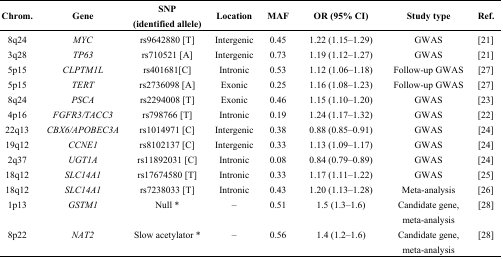
<table><thead><tr><td><b>Chrom.</b></td><td><b>Gene</b></td><td><b>SNP (identified allele)</b></td><td><b>Location</b></td><td><b>MAF</b></td><td><b>OR (95% CI)</b></td><td><b>Study type</b></td><td><b>Ref.</b></td></tr></thead><tbody><tr><td>8q24</td><td><i>MYC</i></td><td>rs9642880 [T]</td><td>Intergenic</td><td>0.45</td><td>1.22 (1.15–1.29)</td><td>GWAS</td><td>[21]</td></tr><tr><td>3q28</td><td><i>TP63</i></td><td>rs710521 [A]</td><td>Intergenic</td><td>0.73</td><td>1.19 (1.12–1.27)</td><td>GWAS</td><td>[21]</td></tr><tr><td>5p15</td><td><i>CLPTM1L</i></td><td>rs401681[C]</td><td>Intronic</td><td>0.53</td><td>1.12 (1.06–1.18)</td><td>Follow-up GWAS</td><td>[27]</td></tr><tr><td>5p15</td><td><i>TERT</i></td><td>rs2736098 [A]</td><td>Exonic</td><td>0.25</td><td>1.16 (1.08–1.23)</td><td>Follow-up GWAS</td><td>[27]</td></tr><tr><td>8q24</td><td><i>PSCA</i></td><td>rs2294008 [T]</td><td>Exonic</td><td>0.46</td><td>1.15 (1.10–1.20)</td><td>GWAS</td><td>[23]</td></tr><tr><td>4p16</td><td><i>FGFR3/TACC3</i></td><td>rs798766 [T]</td><td>Intronic</td><td>0.19</td><td>1.24 (1.17–1.32)</td><td>GWAS</td><td>[22]</td></tr><tr><td>22q13</td><td><i>CBX6/APOBEC3A</i></td><td>rs1014971 [C]</td><td>Intergenic</td><td>0.38</td><td>0.88 (0.85–0.91)</td><td>GWAS</td><td>[24]</td></tr><tr><td>19q12</td><td><i>CCNE1</i></td><td>rs8102137 [C]</td><td>Intergenic</td><td>0.33</td><td>1.13 (1.09–1.17)</td><td>GWAS</td><td>[24]</td></tr><tr><td>2q37</td><td><i>UGT1A</i></td><td>rs11892031 [C]</td><td>Intronic</td><td>0.08</td><td>0.84 (0.79–0.89)</td><td>GWAS</td><td>[24]</td></tr><tr><td>18q12</td><td><i>SLC14A1</i></td><td>rs17674580 [T]</td><td>Intronic</td><td>0.33</td><td>1.17 (1.11–1.22)</td><td>GWAS</td><td>[25]</td></tr><tr><td>18q12</td><td><i>SLC14A1</i></td><td>rs7238033 [T]</td><td>Intronic</td><td>0.43</td><td>1.20 (1.13–1.28)</td><td>Meta-analysis</td><td>[26]</td></tr><tr><td>1p13</td><td><i>GSTM1</i></td><td>Null *</td><td>–</td><td>0.51</td><td>1.5 (1.3–1.6)</td><td>Candidate gene, meta-analysis</td><td>[28]</td></tr><tr><td>8p22</td><td><i>NAT2</i></td><td>Slow acetylator *</td><td>–</td><td>0.56</td><td>1.4 (1.2–1.6)</td><td>Candidate gene, meta-analysis</td><td>[28]</td></tr></tbody></table>